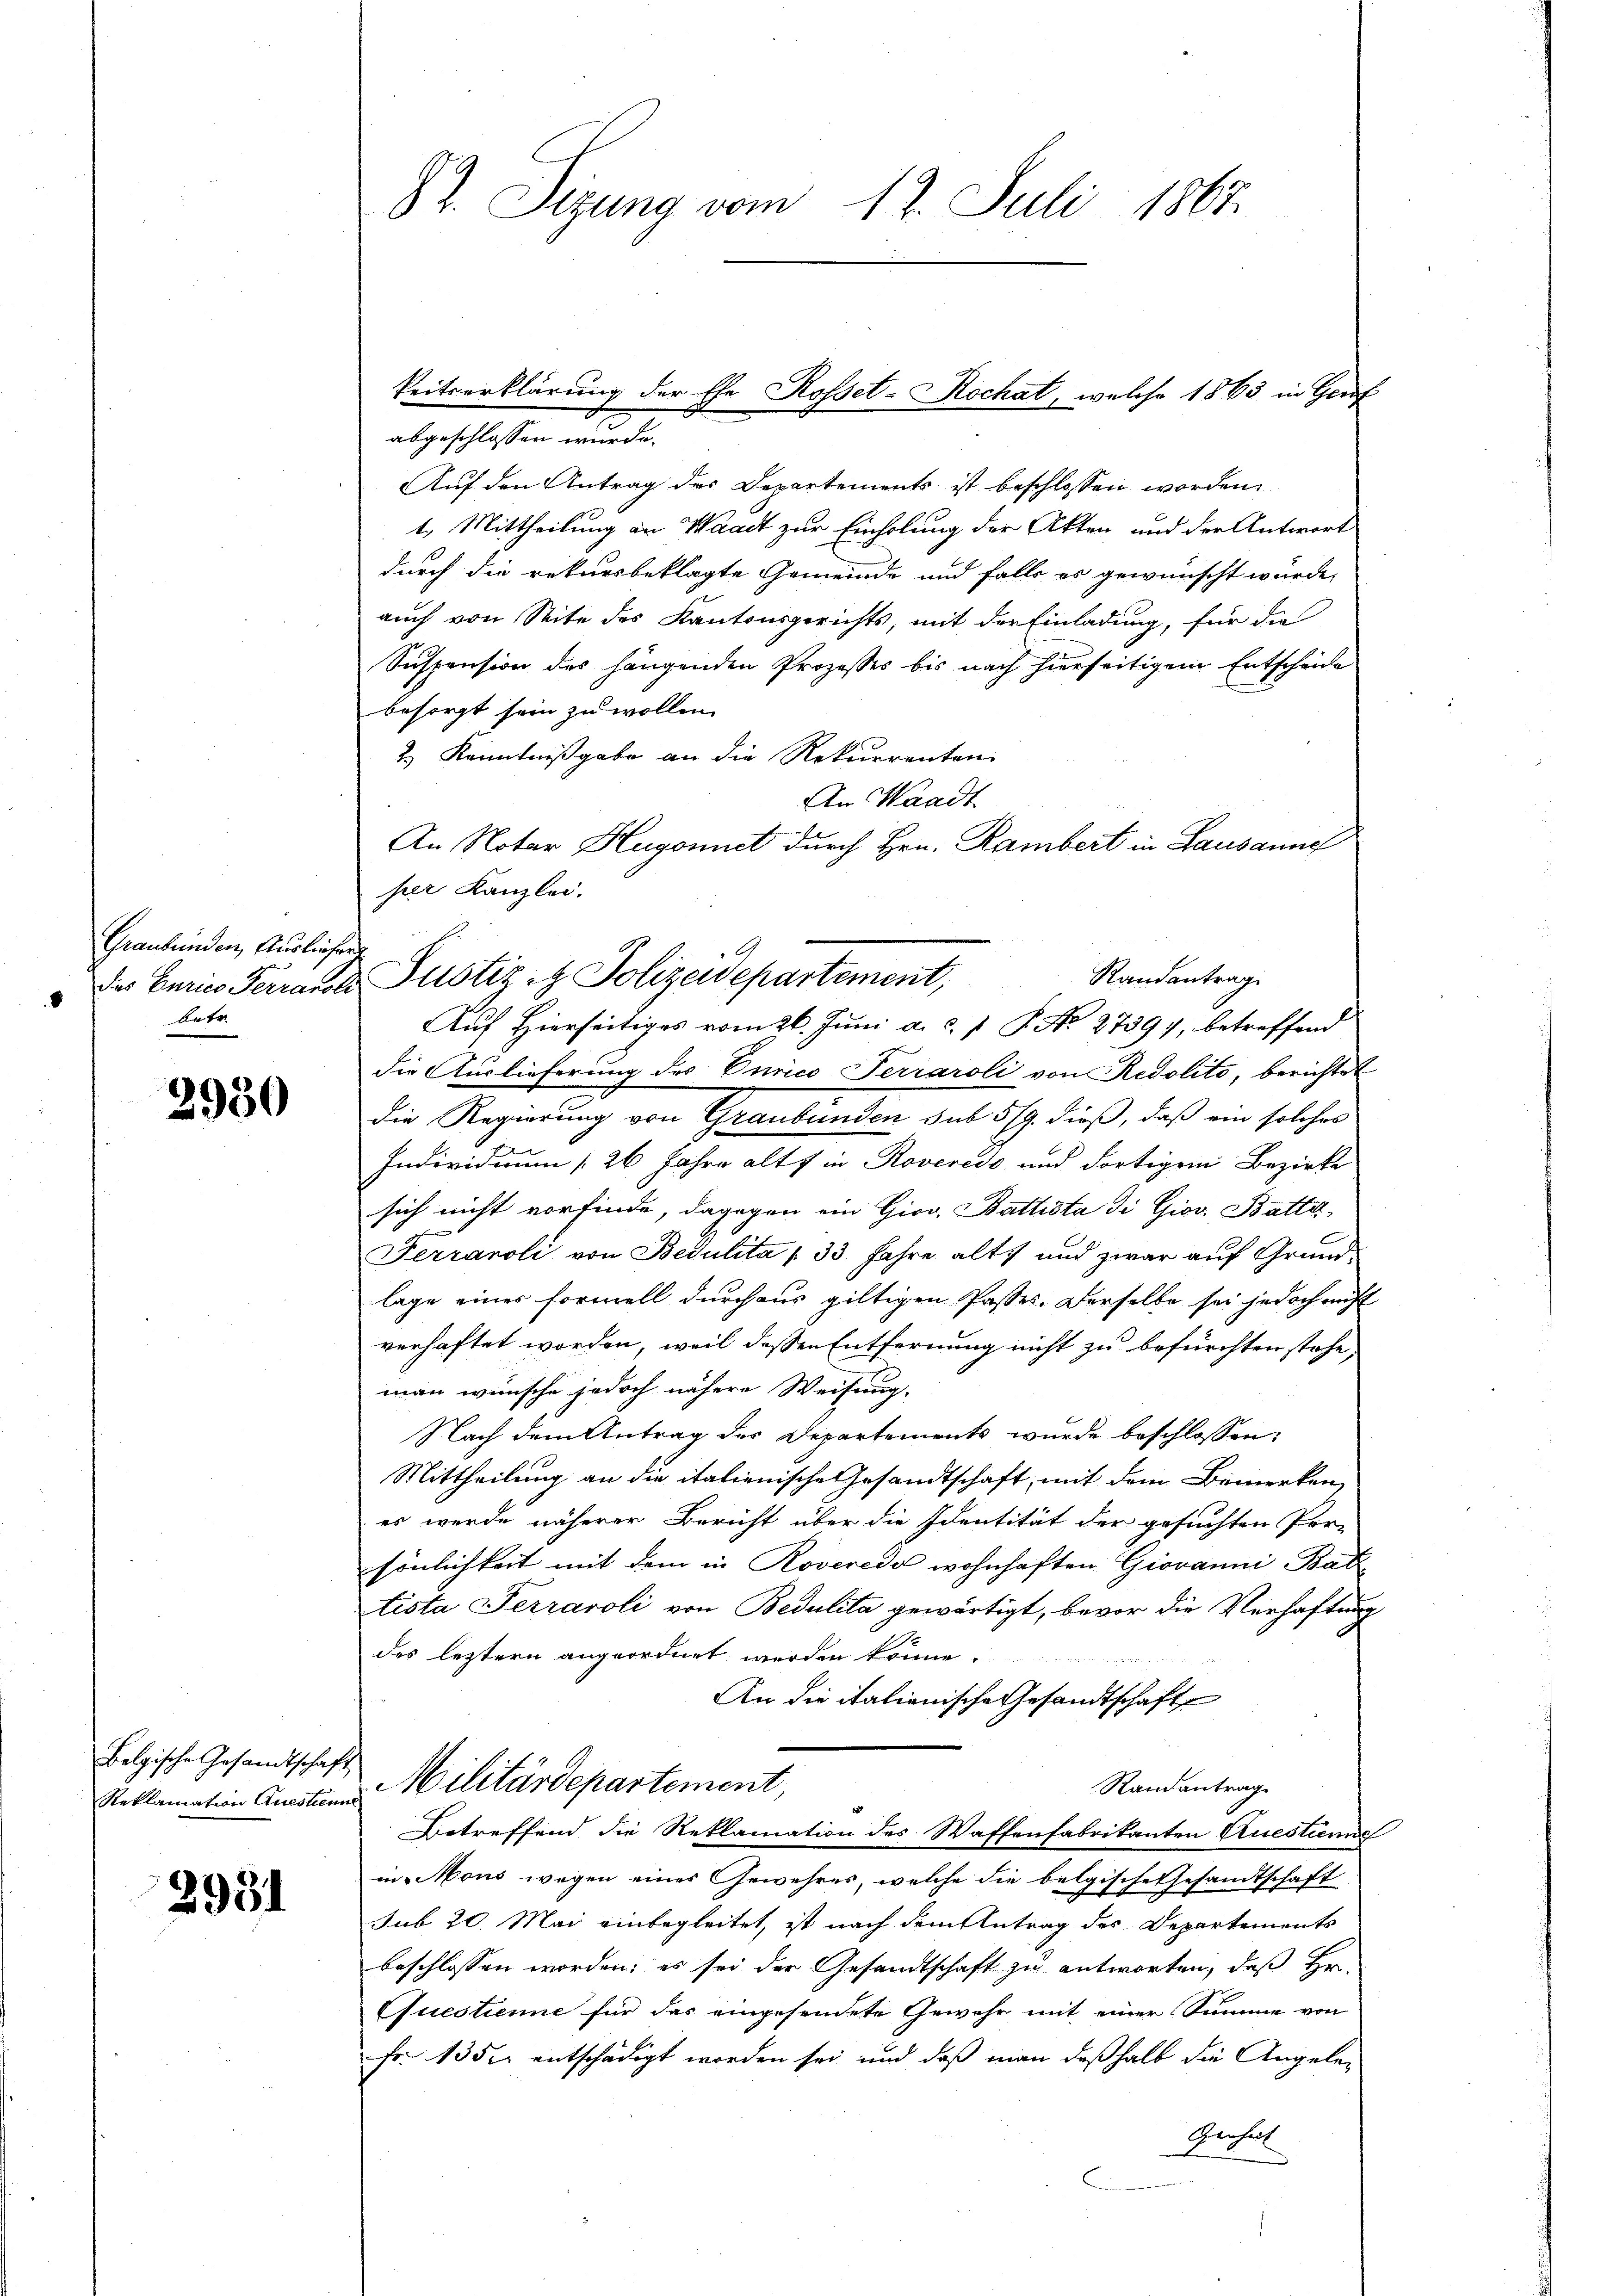
Graubünden, Ausliefe
batr

2950

Belgische Gesandtschaft

2951

83. Sizung vom 12. Juli 1867.

keitserklärung der Ehe Rosset-Rochat, welche 1863 in Genf

h
Randantrag
des Curies Ferrandte Justiz & Polizeidepartement,
Auf Hierseitiges vom 26. Juni a. c. 1 P. No 27397, betreffend

abgeschlossen wurde.
Auf den Antrag des Departements ist beschlossen worden.
t. Mittheilung an Waadt zur Einholung der Akten und der Antwort
durch die rekursbeklagte Gemeinde und falls es gewünscht würde,
auch von Seite des Kantonsgerichts, mit der Einladung, für die
Suspension des hängenden Prozesses bis nach hierseitigem Entscheide
besorgt sein zu wollen.
2.) Kenntnißgabe an die Rekurrenten
An Waadt
An Notar Hugonnet durch Hrn. Rambert in Lausanne
her Kanzlei.
die Auslieferung des Eurico Terraroli von Rudolito, berichtet
die Regierung von Graubünden sub 5/9. dieß, daß ein solches
Individuum [26 Jahre alt in Roveredo und dortigem Bezirke
sich nicht vorfinde, dagegen ein Giov. Battista di Giov. Batte
Ferranoli von Bedulita /33 Jahre alt, und zwar auf Grundlage einer Formell durch aus giltigen Passes. Derselbe sei jedoch nicht
verhaftet worden, weil dessen Entfernung nicht zu befürchten stehe,
man wünsche jedoch nähere Weisung.
Nach dem Antrag der Departements wurde beschlossen:
Mittheilung an die italienische Gesandtschaft, mit dem Bemerken
es wurde näherer Bericht über die Identität der gesuchten Per-
sönlichkeit mit dem in Roveredo wohnhaften Giovanni Batz
tista Ferraroli von Bedulita gewärtigt, bevor die Verhaftung
des leztern angeordnet werden könne.
An die italienische Gesandtschafte
Randantrag
Reklamation Anstand Militärdepartement,
Betreffend die Reklamation des Waffenfabrikanten Questieng
in Mons wegen eines Gewehres, welche die belgische Gesandtschaft
sub 20. Mai einbegleitet, ist nach dem Antrag des Departements
beschlossen worden; es sei der Gesandtschaft zu antworten, daß Hr.
Questienne für das eingesendete Gewehr mit einer Summe von
Fr. 135. entschädigt worden sei und daß man deßhalb die Angeleg
Gerhal